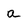
Character: a